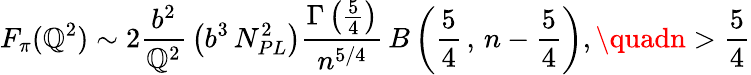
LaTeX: F_{\pi}(\mathbb{Q}^{2})\sim2\frac{{b^{2}}}{{\mathbb{Q}^{2}}}\, \left(b^{3}\, N_{PL}^{2}\right)\frac{{\Gamma\left(\frac{{5}}{{4}}\right)}}{{n^{5/4}}}\, B\left(\frac{{5}}{{4}}\, ,\, n-\frac{{5}}{{4}}\right),\quadn>\frac{{5}}{{4}}